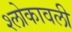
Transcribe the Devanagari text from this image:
श्लोकावली